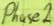
Text: Phase2